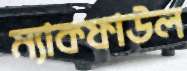
ম্যাকফাউল